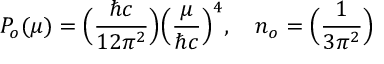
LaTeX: P _ { o } ( \mu ) = \Big ( { \frac { \hbar c } { 1 2 \pi ^ { 2 } } } \Big ) \Big ( { \frac { \mu } { \hbar c } } \Big ) ^ { 4 } , \ \ \ n _ { o } = \Big ( { \frac { 1 } { 3 \pi ^ { 2 } } } \Big )